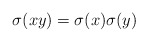
\begin{align*}\sigma (xy)=\sigma (x)\sigma (y)\end{align*}